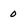
Character: 0